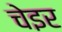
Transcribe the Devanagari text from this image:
चेइर